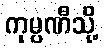
ကုမ္ပဏီသို့